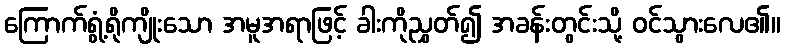
ကြောက်ရွံ့ရိုကျိုးသော အမူအရာဖြင့် ခါးကိုညွှတ်၍ အခန်းတွင်းသို့ ဝင်သွားလေ၏။